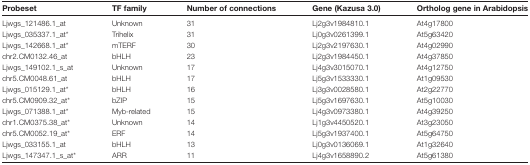
<table><thead><tr><td><b>Probeset</b></td><td><b>TF family</b></td><td><b>Number of connections</b></td><td><b>Gene (Kazusa 3.0)</b></td><td><b>Ortholog gene in Arabidopsis</b></td></tr></thead><tbody><tr><td>Ljwgs_121486.1_at</td><td>Unknown</td><td>31</td><td>Lj2g3v1984810.1</td><td>At4g17800</td></tr><tr><td>Ljwgs_035337.1_at*</td><td>Trihelix</td><td>31</td><td>Lj0g3v0261399.1</td><td>At5g63420</td></tr><tr><td>Ljwgs_142668.1_at*</td><td>mTERF</td><td>30</td><td>Lj2g3v2197630.1</td><td>At4g02990</td></tr><tr><td>chr2.CM0132.46_at</td><td>bHLH</td><td>23</td><td>Lj2g3v1984450.1</td><td>At4g37850</td></tr><tr><td>Ljwgs_149102.1_s_at</td><td>Unknown</td><td>17</td><td>Lj4g3v3015070.1</td><td>At4g12750</td></tr><tr><td>chr5.CM0048.61_at</td><td>bHLH</td><td>17</td><td>Lj5g3v1533330.1</td><td>At1g09530</td></tr><tr><td>Ljwgs_015129.1_at*</td><td>bHLH</td><td>16</td><td>Lj3g3v0028580.1</td><td>At2g22770</td></tr><tr><td>chr5.CM0909.32_at*</td><td>bZIP</td><td>15</td><td>Lj5g3v1697630.1</td><td>At5g10030</td></tr><tr><td>Ljwgs_071388.1_at*</td><td>Myb-related</td><td>15</td><td>Lj4g3v0973380.1</td><td>At4g39250</td></tr><tr><td>chr1.CM0375.38_at*</td><td>Unknown</td><td>14</td><td>Lj1g3v4450520.1</td><td>At3g23050</td></tr><tr><td>chr5.CM0052.19_at*</td><td>ERF</td><td>14</td><td>Lj5g3v1937400.1</td><td>At5g64750</td></tr><tr><td>Ljwgs_033155.1_at</td><td>bHLH</td><td>13</td><td>Lj0g3v0136069.1</td><td>At1g32640</td></tr><tr><td>Ljwgs_147347.1_s_at*</td><td>ARR</td><td>11</td><td>Lj4g3v1658890.2</td><td>At5g61380</td></tr></tbody></table>